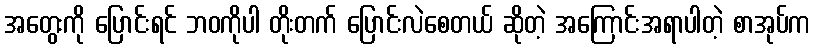
အတွေးကို ပြောင်းရင် ဘဝကိုပါ တိုးတက် ပြောင်းလဲစေတယ် ဆိုတဲ့ အကြောင်းအရာပါတဲ့ စာအုပ်က